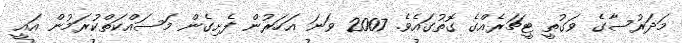
މަދަރުސާގެ ވަގުތީ ޓީޗަރެއްގެ ގޮތުގައެވެ. 2007 ވަނަ އަހަރުން ފެށިގެން މަސައްކަތްކުރަމުން އައީ